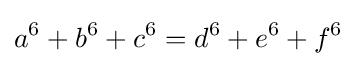
a^{6}+b^{6}+c^{6}=d^{6}+e^{6}+f^{6}